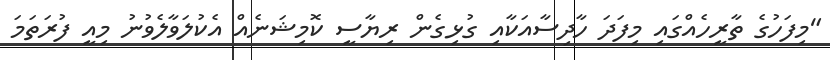
"މިފަހުގެ ތާރީހެއްގައި މިފަދަ ހާދިސާއަކާއި ގުޅިގެން ރިޔާސީ ކޮމިޝަނެއް އެކުލަވާލެވުނު މިއީ ފުރަތަމަ